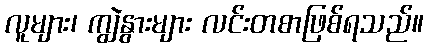
လူများ၊ ကျွဲနွားများ လင်းတစာဖြစ်ရသည်။